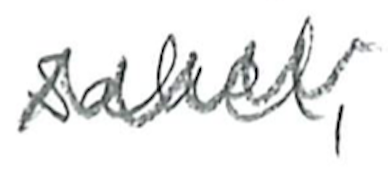
Text: Sahel,
Cross-out: zig-zag
Writing tool: pencil